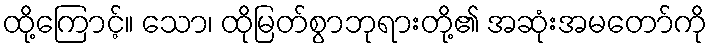
ထို့ကြောင့်။ သော၊ ထိုမြတ်စွာဘုရားတို့၏ အဆုံးအမတော်ကို